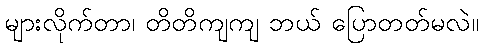
များလိုက်တာ၊ တိတိကျကျ ဘယ် ပြောတတ်မလဲ။